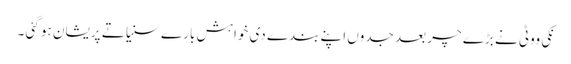
نکی ووٹی نے بڑے چر بعد جدوں اپنے بندے دی خواہش بارے سنیا تے پریشان ہو گئی ۔